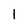
Character: 1